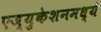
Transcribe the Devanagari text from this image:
एज्युकेशनमध्ये